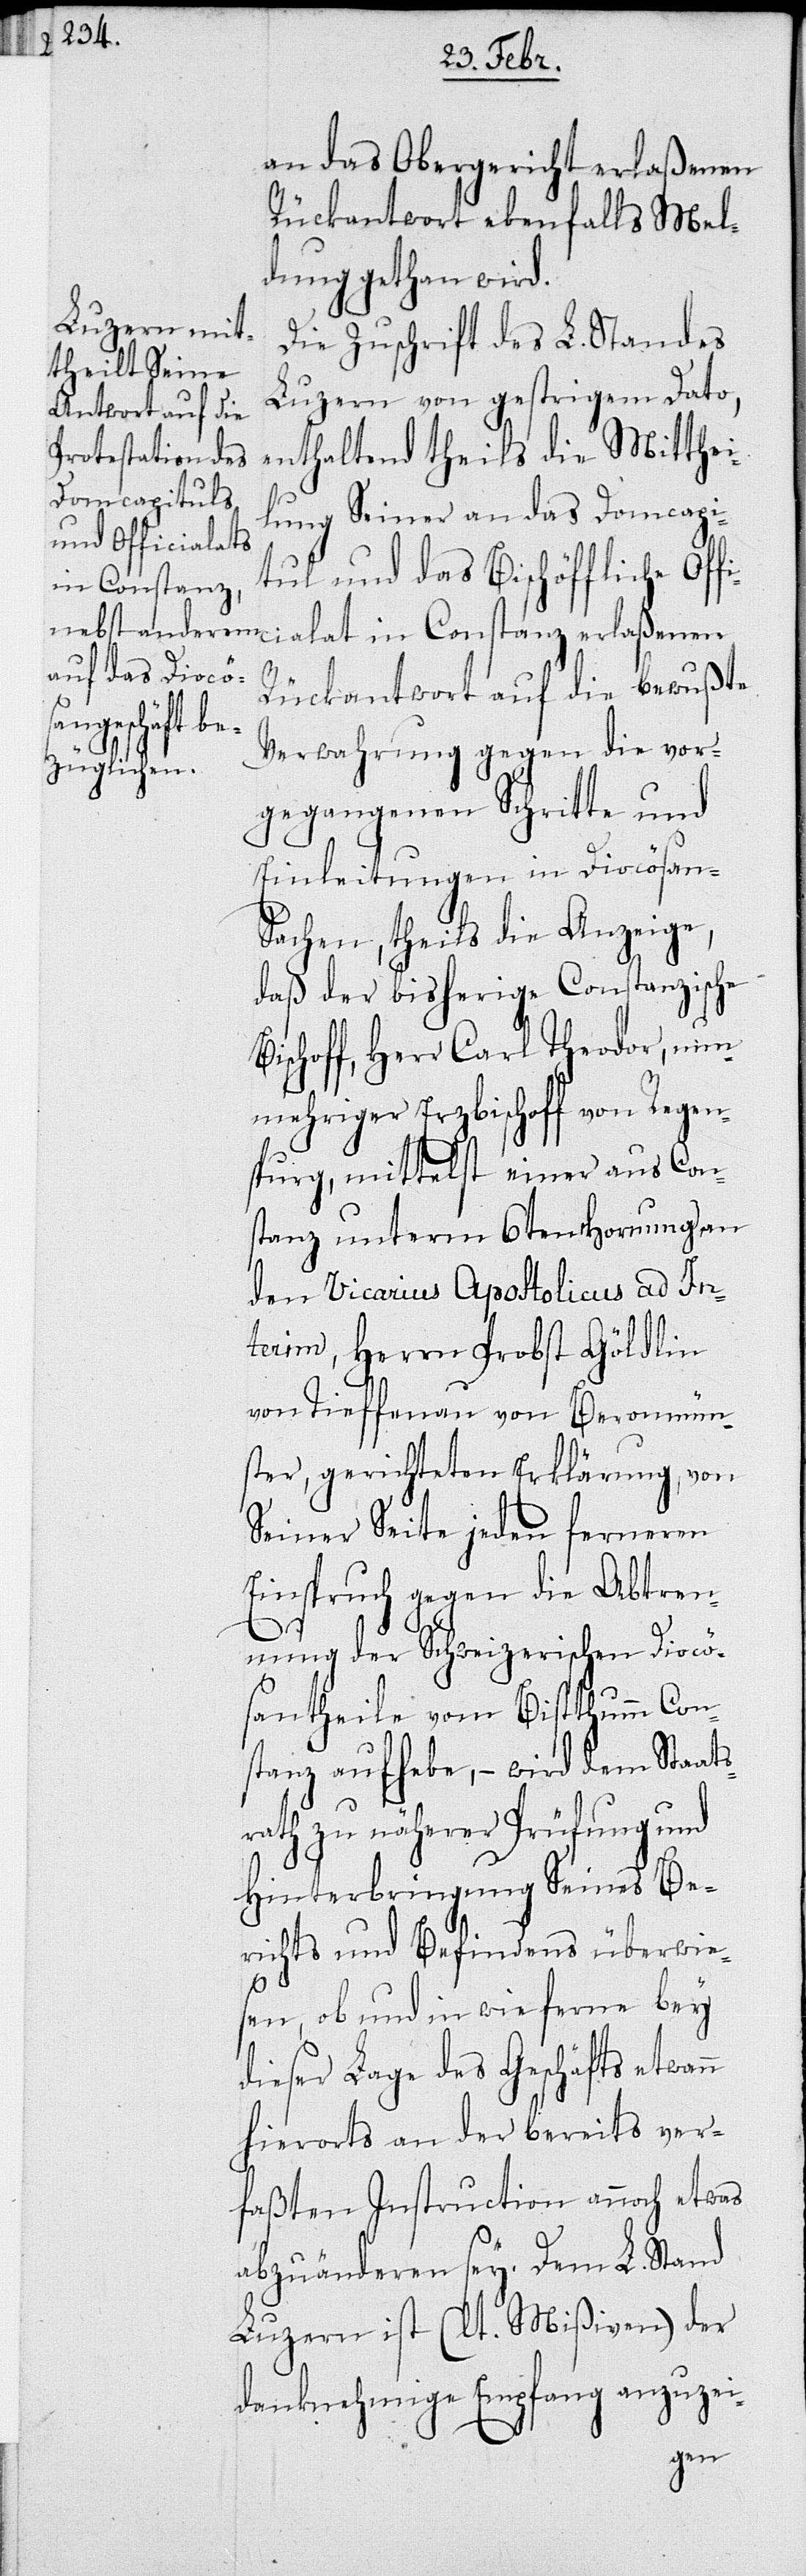
an das Obergericht erlaßenen
Rückantwort ebenfalls Mel¬
dung gethan wird.
Die Zuschrift des L. Standes
Luzern von gestrigem Dato,
enthaltend theils die Mittei¬
lung Seiner an das Domcapi¬
tul und das Bischöffliche Off¬
icialat in Constanz erlaßenen
Rückantwort auf die bewußte
Verwahrung gegen die vor¬
gegangenen Schritte und
Einleitungen in Diocösan-S¬
achen, theils die Anzeige,
daß der bisherige Constanzische
ischoff, Herr Carl Theodor, nun¬
mehriger Erzbischoff von Regen¬
spurg, mittelst einer aus Con¬
stanz unterm 6ten Hornung an
den Vicarius Apostolicus ad In¬
terim, Herrn Probst Göldlin
von Tieffenau von Beromün¬
ster, gerichteten Erklärung, von
Seiner Seite jeden ferneren
Einspruch gegen die Abtren¬
nung der Schweizerischen Diocö¬
santheile vom Bistthumm Con¬
stanz aufhebe, – wird dem Staats¬
rath zu näherer Prüfung und
Hinterbringung Seines Be¬
richts und Befindens überwie¬
B¬
sen, ob und in wie fern bey
dieser Lage des Geschäfts etwann
hierorts an der bereits ver¬
faßten Instruction auch etwas
abzuänderen sey. Dem L. Stand
Luzern ist (lt. Mißiven) der
danknahmige Empfang anzuzei-